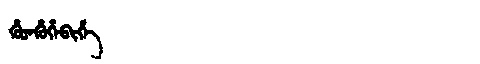
Manchu: ᡥᡠᡨᡥᡠᡥᡝᠪᡳᡥᡝ
Romanization: HUTHUHEBIHE